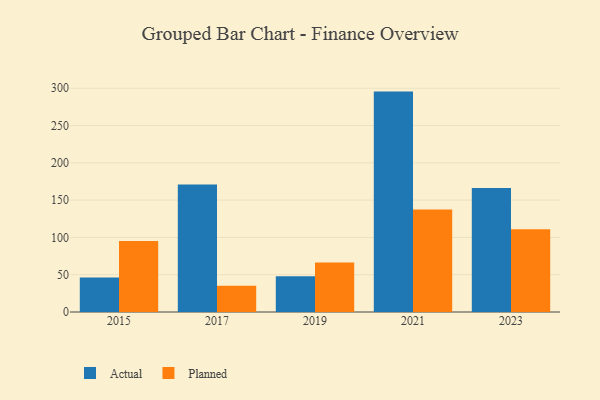
{"axis": {"x": "Year", "y": "Active Users"}, "legend": ["Actual", "Planned"], "data": [{"x": "2021", "y": 295.5, "type": "Actual"}, {"x": "2021", "y": 137.4, "type": "Planned"}, {"x": "2017", "y": 170.9, "type": "Actual"}, {"x": "2017", "y": 35.1, "type": "Planned"}, {"x": "2019", "y": 47.8, "type": "Actual"}, {"x": "2019", "y": 66.2, "type": "Planned"}, {"x": "2015", "y": 46.3, "type": "Actual"}, {"x": "2015", "y": 95.2, "type": "Planned"}, {"x": "2023", "y": 166.4, "type": "Actual"}, {"x": "2023", "y": 111.1, "type": "Planned"}]}